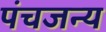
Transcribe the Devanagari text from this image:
पंचजन्य